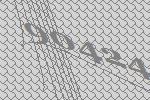
90424